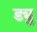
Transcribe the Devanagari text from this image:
ड्यु